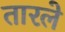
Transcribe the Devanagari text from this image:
तारले